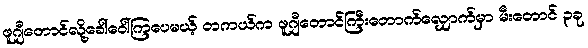
ဖူဂျီတောင်လို့ခေါ်ဝေါ်ကြပေမယ့် တကယ်က ဖူဂျီတောင်ကြီးတောက်လျှောက်မှာ မီးတောင် ၃ခု